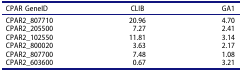
| CPAR GeneID | CLIB | GA1 |
 | --- | --- | --- |
 | CPAR2_807710 | 20.96 | 4.70 |
 | CPAR2_205500 | 7.27 | 2.41 |
 | CPAR2_102550 | 11.81 | 3.14 |
 | CPAR2_800020 | 3.63 | 2.17 |
 | CPAR2_807700 | 7.48 | 1.08 |
 | CPAR2_603600 | 0.67 | 3.21 |